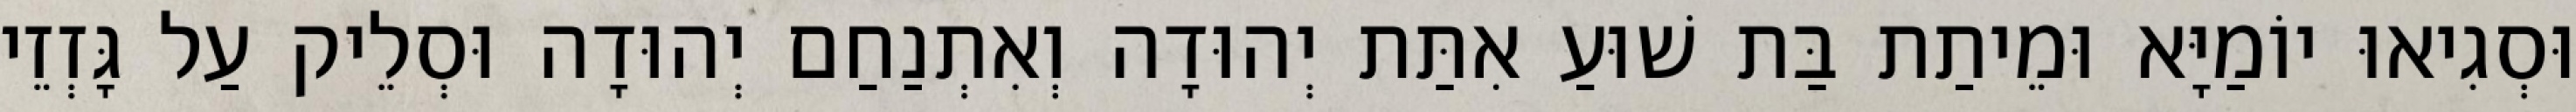
וּסְגִיאוּ יוֹמַיָּא וּמֵיתַת בַּת שׁוּעַ אִתַּת יְהוּדָה וְאִתְנַחַם יְהוּדָה וּסְלֵיק עַל גָּזְזֵי